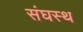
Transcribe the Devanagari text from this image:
संघस्थ